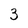
Character: 3